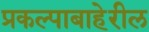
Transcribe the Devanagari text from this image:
प्रकल्पाबाहेरील